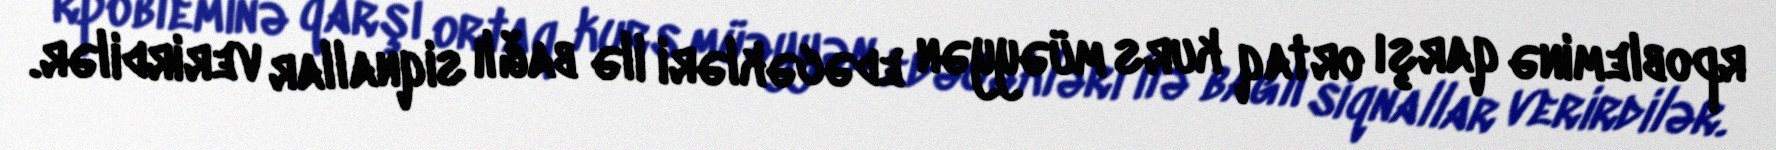
rpobleminə qarşı ortaq kurs müəyyən edəcəkləri ilə bağlı siqnallar verirdilər.